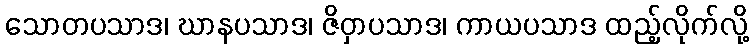
သောတပသာဒ၊ ဃာနပသာဒ၊ ဇိဝှာပသာဒ၊ ကာယပသာဒ ထည့်လိုက်လို့